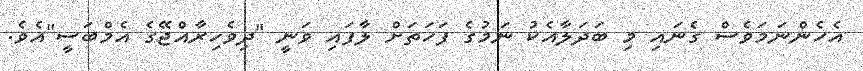
އެހެންނަމަވެސް ގެނައި މި ބަދަލާއެކު ނަމުގެ ފަހަތަށް ލާފައި ވަނީ "ދިވެހިރާއްޖޭގެ އެމްބަސީ"އެވެ.